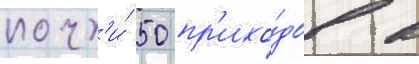
почт'и́ 50 пр'ихо́дов в